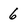
Character: 6